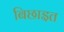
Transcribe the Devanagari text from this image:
बिछाइत